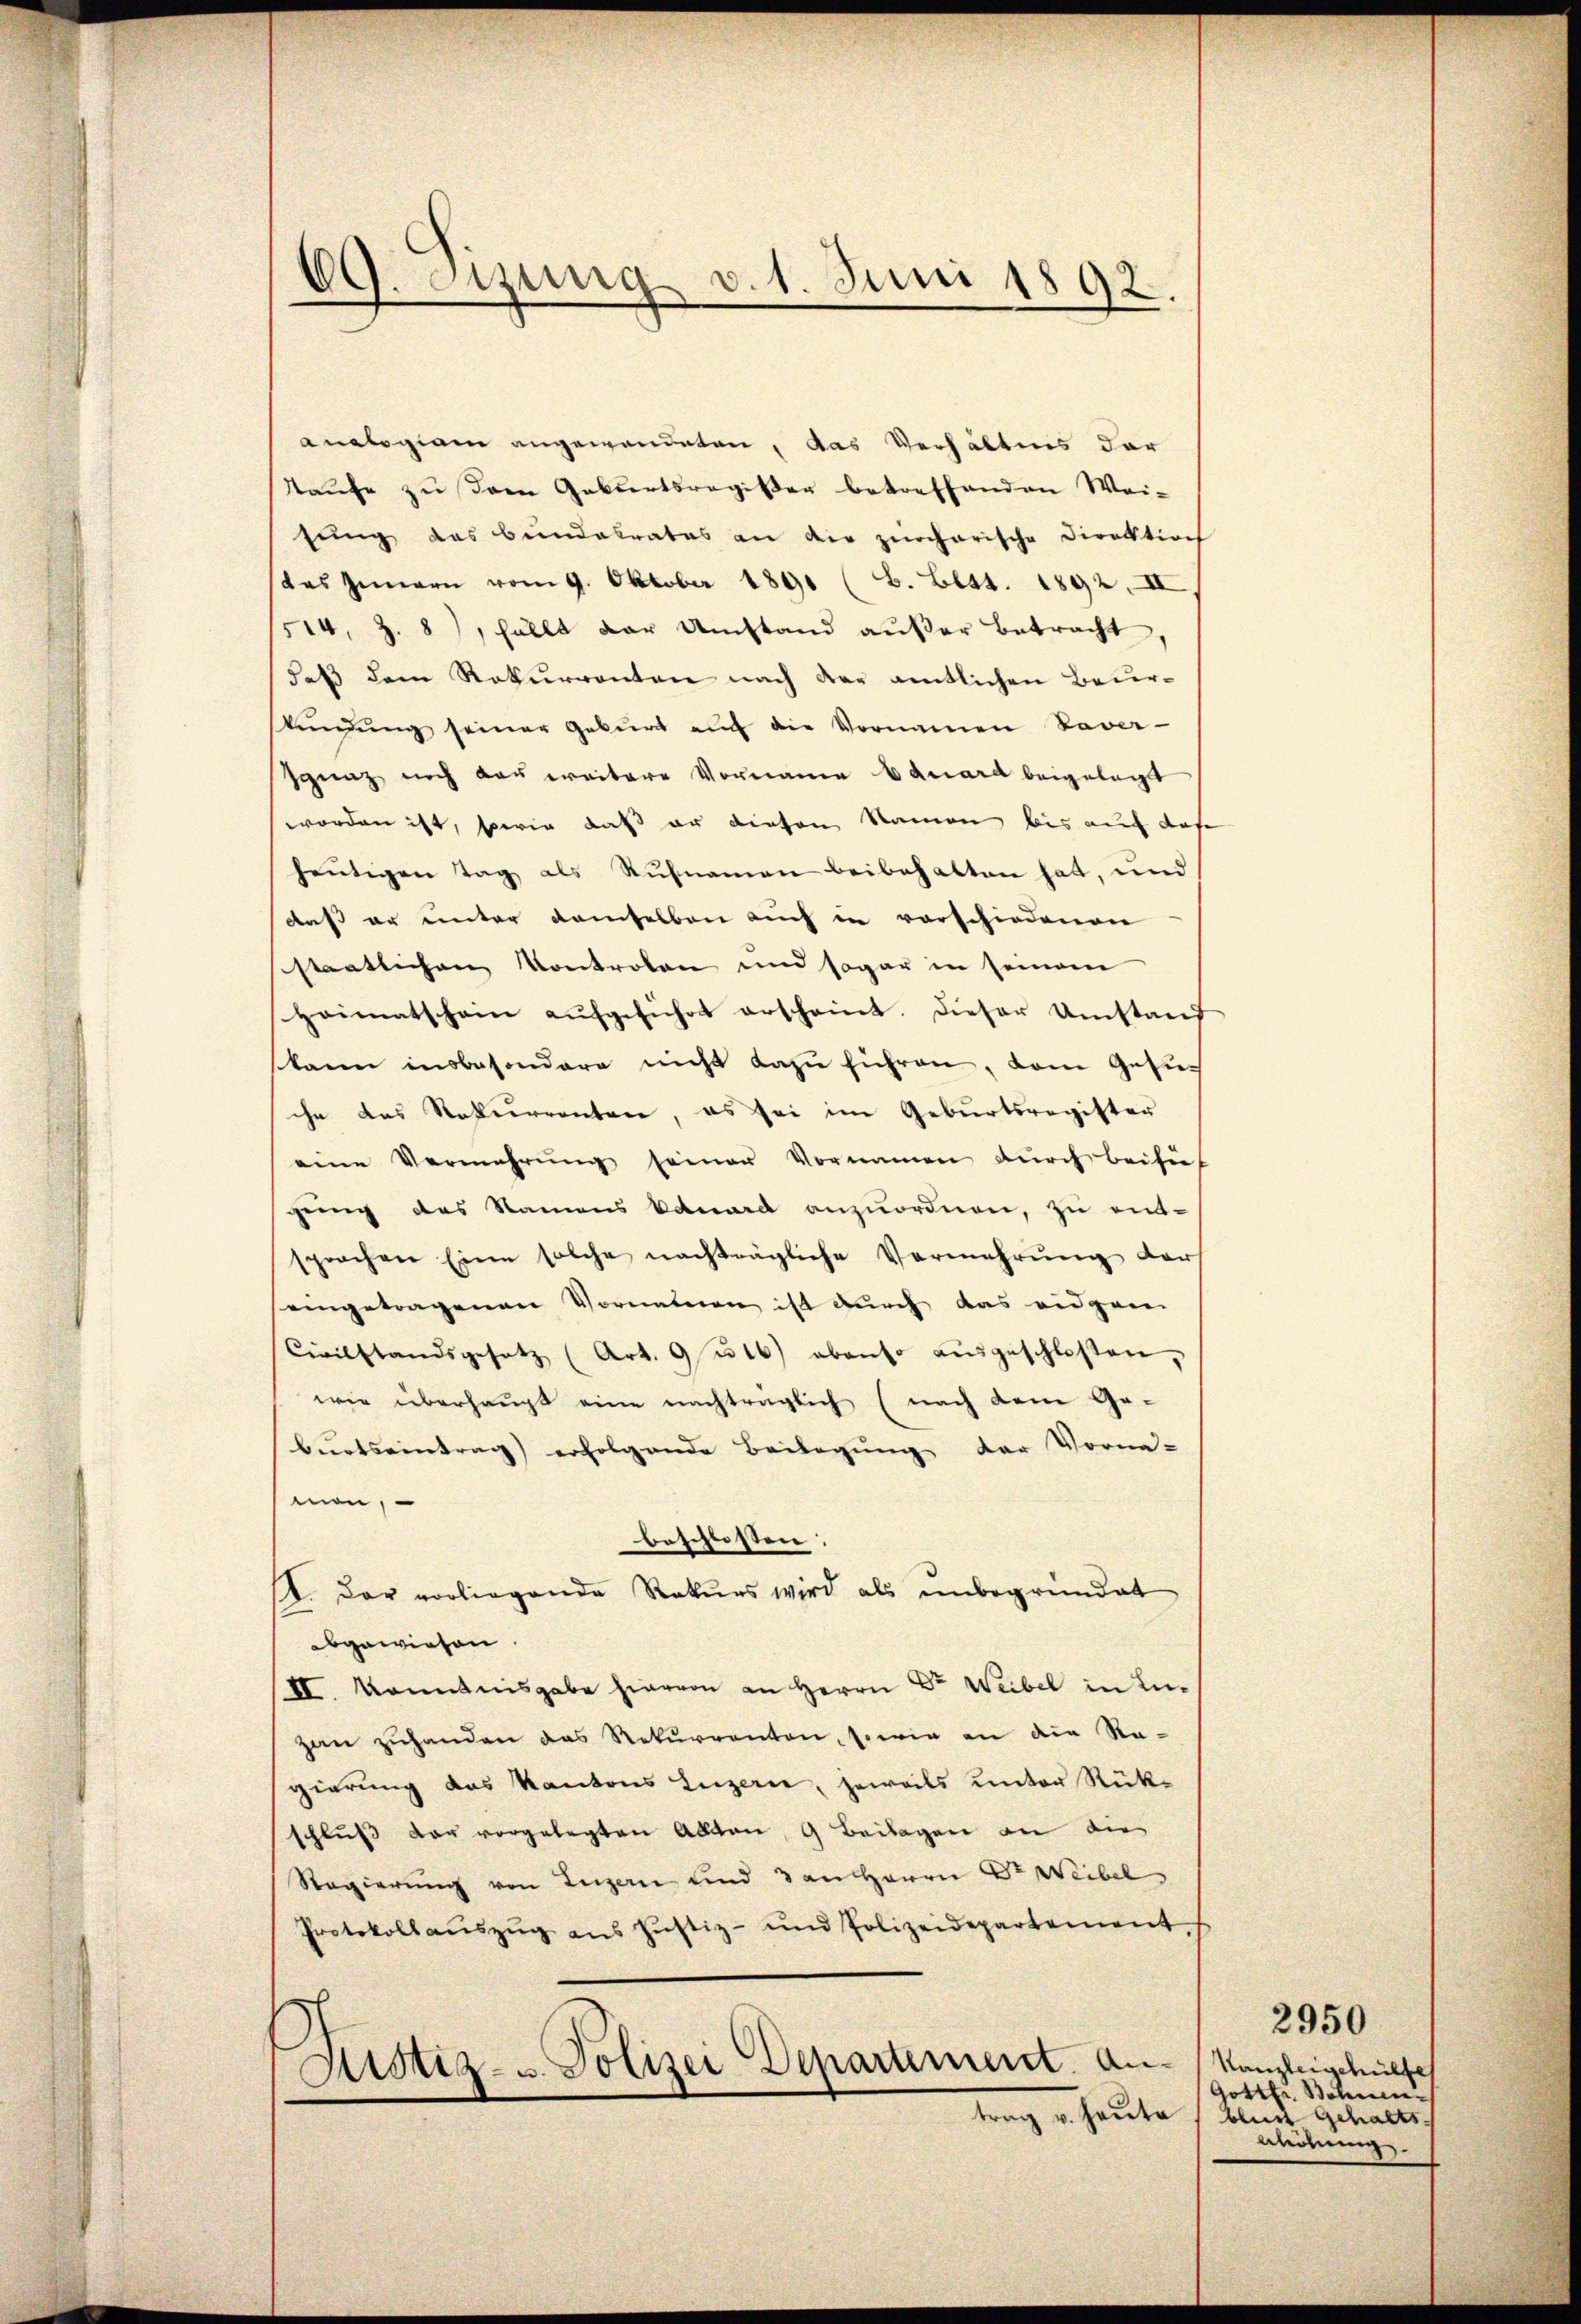
.
J. eizung v. 1. Juni 1892.

analogiam angewendeten, das Verhältnis der
Taufe zu dem Geburtsregister betreffenden Weifung das Bundalrates an die zürcherische Direktion
das Innern vom 9. Oktober 1891 (B. Bett. 1892. II,
514, Z. 8, fällt der Umstand außer Betracht
daß dem Rekurrenten nach der amtlichen Beurkŭndŭng seiner Geburt auf die Vornamen Paver-
sgnaz noch das weitere Vorname Eduard beigelegt
worden ist, sowie daß er diesen Namen bis auf das
heutigen Tag als Rufnamen beibehalten hat, und
daß er unter demselben auch in vorschiedenen
hatlichen Kontrolen und sogar in seinem
Heimatschein aŭfgeführt erscheint. Dieser Umstand
kann insbesondere nicht dazu führen, dem Gesuch
che das Rekurrenten, es sei im Geburtsregister
eine Vermehrŭng seiner Vornamen dŭrch bei sieh
gung des Namens kanard anzuordnen, zu ent-
sprochen Eine solche nachträgliche Vermehrŭng der
eingetragenen Vornahmen ist durch das eidgen
Civilstandsgesetz (Art. 9/16) ebenso aŭsgeschlosen,
wie überhaupt eine nachträglich (nach dem Ge-
burtseintrag erfolgende Beilegung der Vorna-
men,
beschlossen:
. Der vorliegende Rekurs wird als unbegründet
abgewiesen.
II. Kenntnisgabe hiervon an Herrn Dr Weibel in Lugaŭ zŭhanden das Rekurrenten, sowie an die Re-
gierung das Kantons Luzern, jeweils unter Rück-
schluß der vorgelegten Alten, 9 Beilagen an die
Regierung von Luzern und 3 an Herrn Dr Weibel
Protokollaŭszŭg ans Justiz- und Polizeidepartement
Astiz- u. Polizei Departement. Antrag v. Hauta

Kanzleigehülfe
Gottfr. Bohnen
bluss gehalts
Wöhung.

2950